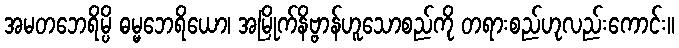
အမတဘေရိမ္ပိ ဓမ္မဘေရိယော၊ အမြိုက်နိဗ္ဗာန်ဟူသောစည်ကို တရားစည်ဟုလည်းကောင်း။